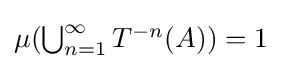
{\textstyle \mu {\mathord {\left(\bigcup _{n=1}^{\infty }T^{-n}(A)\right)}}=1}